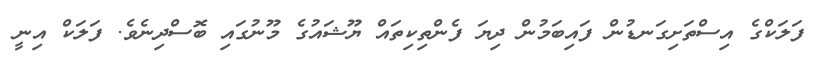
ފަލަކްގެ އިސްތަށިގަނޑުން ފައިބަމުން ދިޔަ ފެންތިކިތައް ޔޫޝައުގެ މޫނުގައި ބޮސްދިނެވެ. ފަލަކް އިނީ